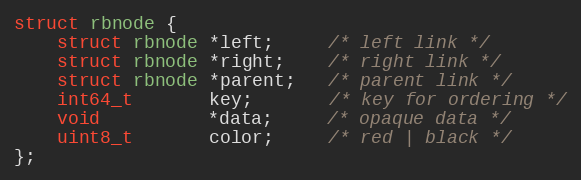
Language: C
struct rbnode {
    struct rbnode *left;     /* left link */
    struct rbnode *right;    /* right link */
    struct rbnode *parent;   /* parent link */
    int64_t       key;       /* key for ordering */
    void          *data;     /* opaque data */
    uint8_t       color;     /* red | black */
};